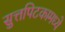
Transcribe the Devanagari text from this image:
सुत्तपिटकामध्ये